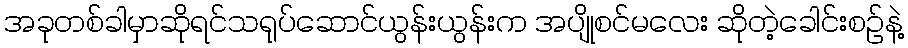
အခုတစ်ခါမှာဆိုရင်သရုပ်ဆောင်ယွန်းယွန်းက အပျိုစင်မလေး ဆိုတဲ့ခေါင်းစဉ်နဲ့